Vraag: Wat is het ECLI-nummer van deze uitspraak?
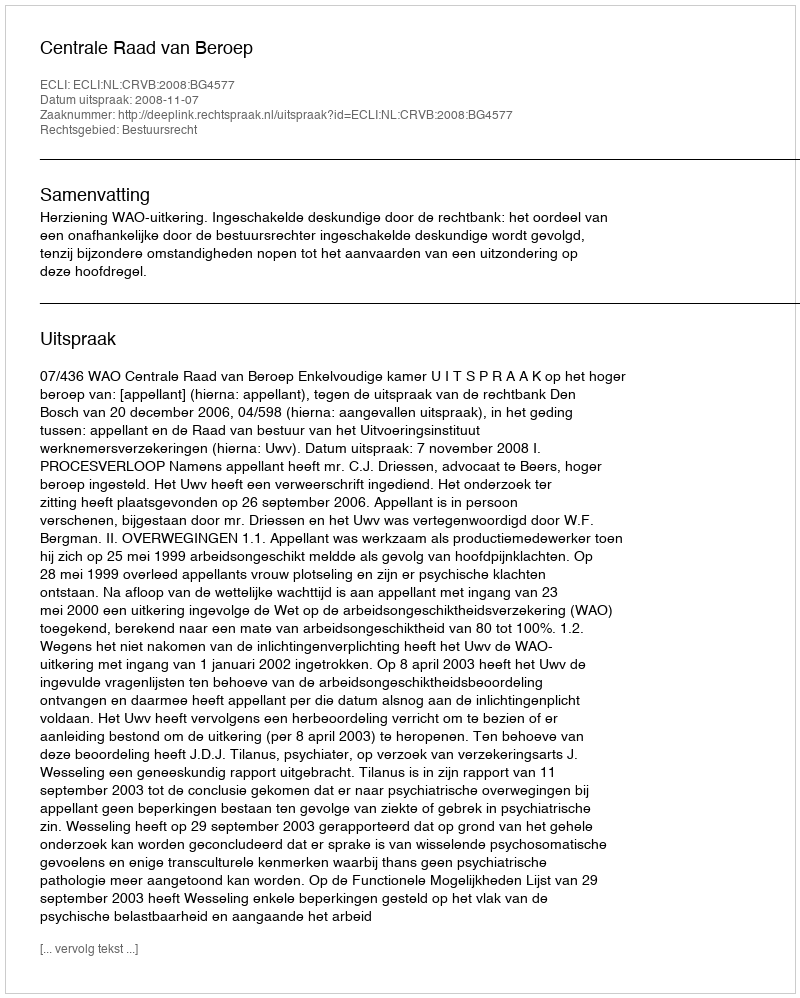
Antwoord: ECLI:NL:CRVB:2008:BG4577